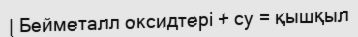
| Бейметалл оксидтері + су = қышқыл